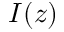
I ( z )